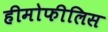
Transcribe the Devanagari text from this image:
हीमोफीलिस